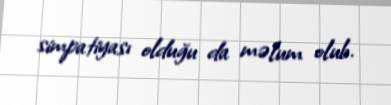
simpatiyası olduğu da məlum olub.